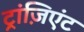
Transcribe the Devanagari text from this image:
ट्रांज़िएंट